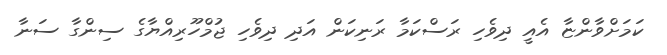
ކަމަށްވާންޏާ އެއީ ދިވެހި ރަސްކަމާ ރަނިކަން އަދި ދިވެހި ޖުމްހޫރިއްޔާގެ ސިންގާ ސަނާ